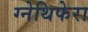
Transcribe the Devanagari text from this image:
ग्नेथिफेरा